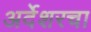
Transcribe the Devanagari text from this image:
अर्देशरचा